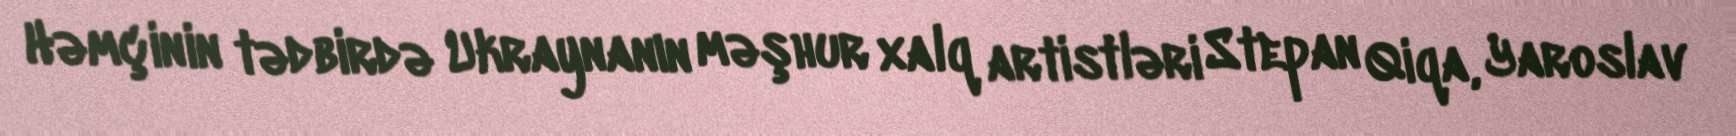
Həmçinin tədbirdə Ukraynanın məşhur xalq artistləri Stepan Qiqa, Yaroslav